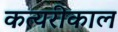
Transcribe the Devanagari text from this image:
कत्यरीकाल